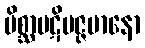
မိစ္ဆာပဋိပဇ္ဇမာနော